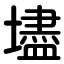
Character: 壗